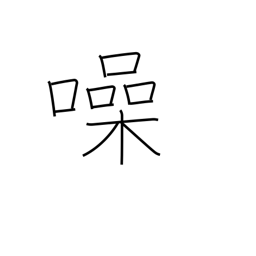
Meaning: be noisy